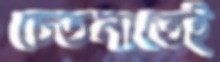
চেতনাতেই